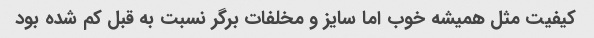
کیفیت مثل همیشه خوب اما سایز و مخلفات برگر نسبت به قبل کم شده بود